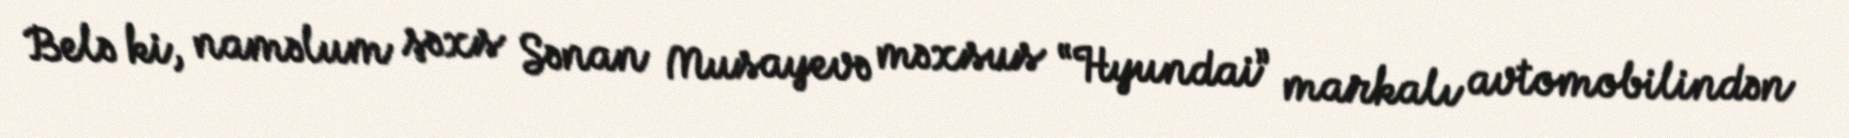
Belə ki, naməlum şəxs Sənan Musayevə məxsus “Hyundai” markalı avtomobilindən